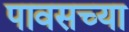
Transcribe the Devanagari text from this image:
पावसच्या